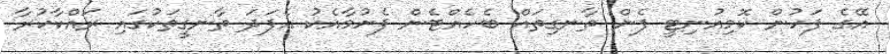
އޭގެ ފަހުން ކޮމިއުނިޓީ ފެން ތާނގިތައް ބެހެއްޓެން ފެށުމާއެކު އެފަދަ ތާނގީތަކުގައި ރައްކާކުރާ